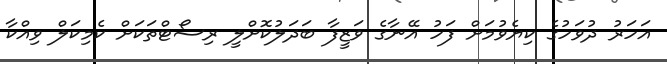
އަހަރު ދުވަހުގެ ކިޔެވުމަށް ފަހު އޭނާގެ ވަޒީފާ ބަދަލުކޮށްލީ ރިސޯޓްތަކަށް ކެމިކަލް ވިއްކާ